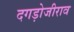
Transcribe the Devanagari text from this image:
दगड़ोजीराव